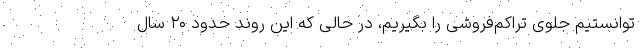
توانستیم جلوی تراکم‌فروشی را بگیریم، در حالی که این روند حدود ۲۰ سال